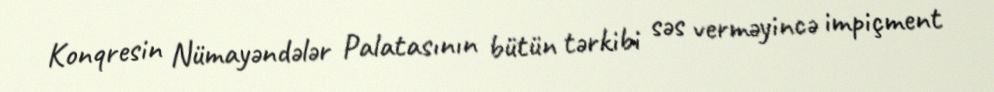
Konqresin Nümayəndələr Palatasının bütün tərkibi səs verməyincə impiçment